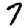
Digit: 7